Lunatic asylums in Bengal annual reports 1912-1924 - 1912-1924
Year: 1912
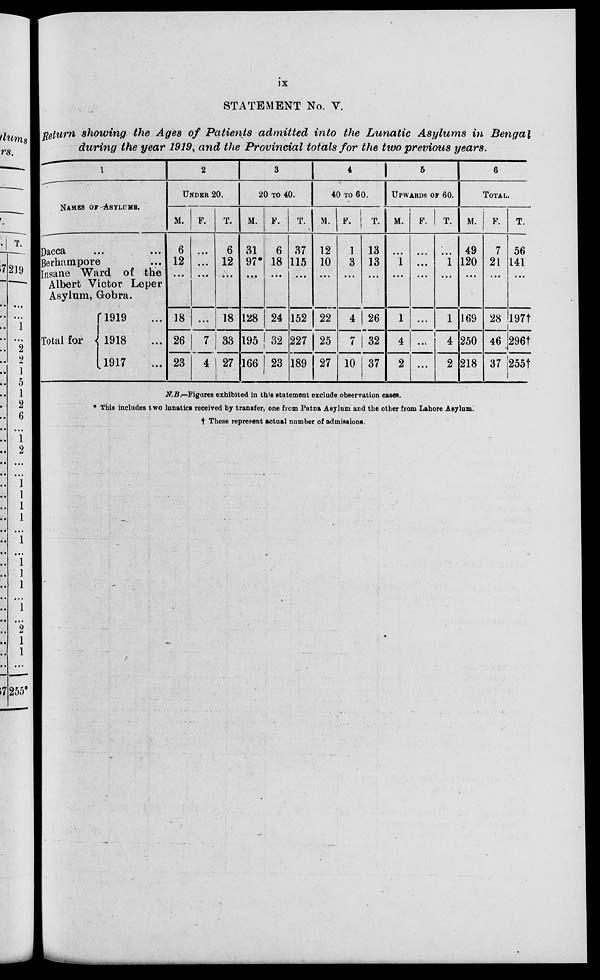
ix
STATEMENT No. V.
Return showing the Ages of Patients admitted into the Lunatic Asylums in Bengal
during the year 1919, and the Provincial totals for the two previous years.
1
NAMES OF ASYLUMS.
Dacca ... ...
Berhampore ...
Insane Ward of the
Albert Victor Leper
Asylum, Gobra.
Total for
1919 ...
1918 ...
1917 ...
2
UNDER 20.
M.
6
12
...
18
26
23
F.
...
...
...
...
7
4
T.
6
12
...
18
33
27
3
20 TO 40.
M.
31
97*
...
128
195
166
F.
6
18
...
24
32
23
T.
37
115
...
152
227
189
4
40 TO 60.
M.
12
10
...
22
25
27
F.
1
3
...
4
7
10
T.
13
13
...
26
32
37
5
UPWARDS OF 60.
M.
...
1
...
1
4
2
F.
...
...
...
...
...
...
T.
...
1
...
1
4
2
6
TOTAL.
M.
49
120
...
169
250
218
F.
7
21
...
28
46
37
T.
56
141
...
197†
296†
255†
N.B.—Figures exhibited in this statement exclude observation cases.
* This includes two lunatics received by transfer, one from Patna Asylum and the other from Lahore Asylum.
† These represent actual number of admissions.